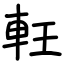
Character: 軖